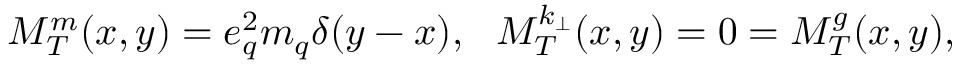
M _ { T } ^ { m } ( x , y ) = e _ { q } ^ { 2 } m _ { q } \delta ( y - x ) , ~ ~ M _ { T } ^ { k _ { \bot } } ( x , y ) = 0 = M _ { T } ^ { g } ( x , y ) ,